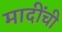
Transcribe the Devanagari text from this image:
मादींची